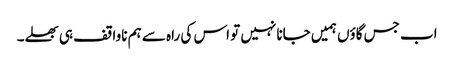
اب جس گاؤں ہمیں جانا نہیں تو اس کی راہ سے ہم ناواقف ہی بھلے۔